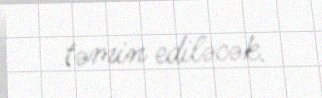
təmin ediləcək.